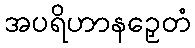
အပရိဟာနဉှေတံ